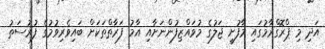
އަދި މި ޕްރޮގްރާމުގައި މާފުށީ ޖަލުގެ މުވައްޒިފުންނަށާއި އާމު ފަރާތްތަކަށް ބައިވެރިވުމުގެ ފުރުސަތު